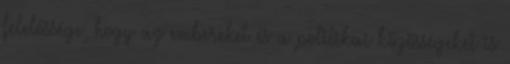
felelőssége, hogy az embereket és a politikai közösségeket is